Lunatic asylums Punjab 1911-1921 - 1911-1921
Year: 1911
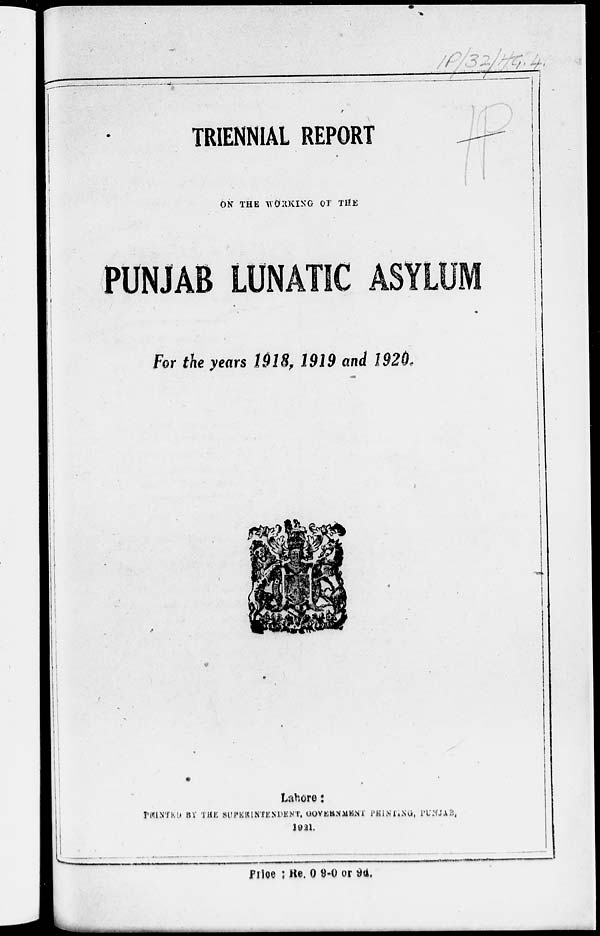
TRIENNIAL REPORT
ON THE WORKING OF THE
PUNJAB LUNATIC ASYLUM
For the years 1918, 1919 and 1920.
Lahore:
PRINTED BY THE SUPERINTENDENT, GOVERNMENT PRINTING, PANJAB,
1921.
Price : Re. 0 9-0 or 9d.